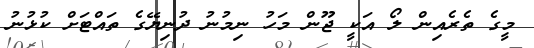
މީގެ ތެރެއިން ލޯ އަކީ ޖޫން މަހު ނިމުނު ދުނިޔޭގެ ތައްޓަށް ކުޅުނު